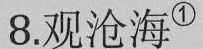
8.观沧海^{①}